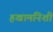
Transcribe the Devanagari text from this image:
हखामनिशी